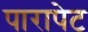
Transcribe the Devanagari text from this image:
पारापेट